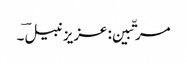
مرتّبین: عزیز نبیلؔ ۔